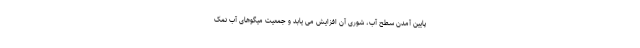
پایین آمدن سطح آب، شوری آن افزایش می یابد و جمعیت میگوهای آب نمک